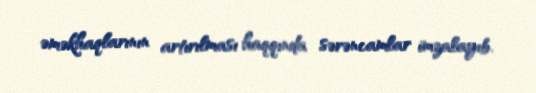
əməkhaqlarının artırılması haqqında sərəncamlar imzalayıb.